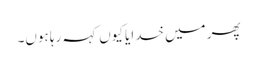
پھر میں خدایا کیوں کہہ رہا ہوں۔